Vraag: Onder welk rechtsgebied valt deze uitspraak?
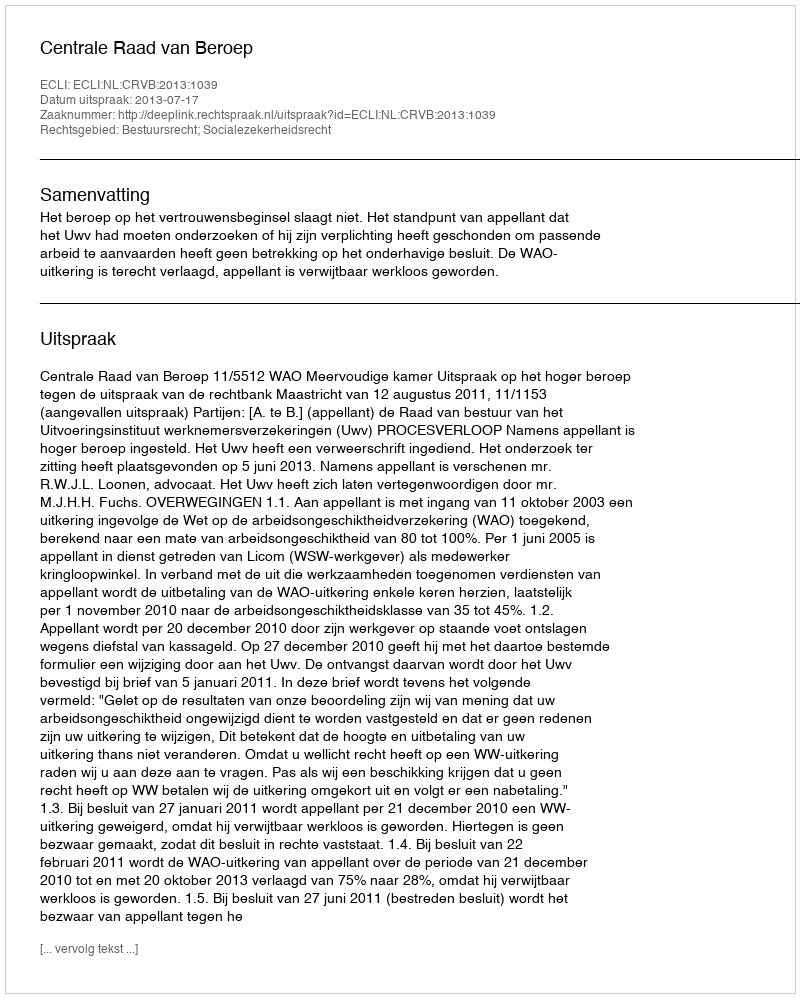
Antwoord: Bestuursrecht; Socialezekerheidsrecht